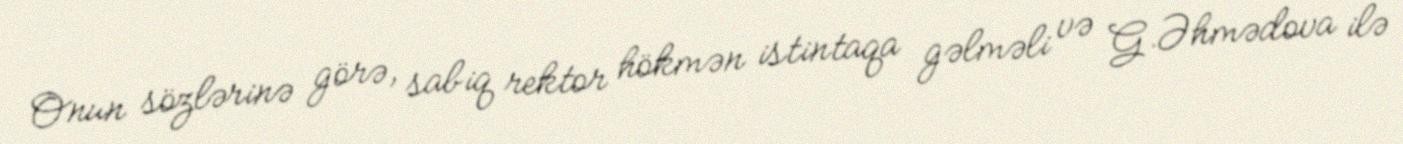
Onun sözlərinə görə, sabiq rektor hökmən istintaqa gəlməli və G.Əhmədova ilə